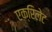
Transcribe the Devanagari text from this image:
एक्रिलेट